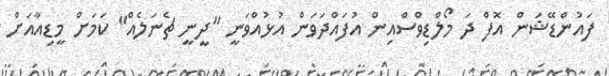
ފައުންޑޭޝަން އޮފް ދަ މޯލްޑިވްސްއިން އުފައްދަވަން އުޅުއްވަނީ "ދީނީ ޗެނަލެއް" ކަމަށް މީޑިއާއަށް